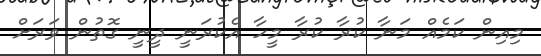
މިއިން ކަމެއް މަނާ ކުރާ ކުރާ މީހާ އެކުރަނީ ދީނީ ގޮތުން ވަރަށް